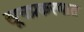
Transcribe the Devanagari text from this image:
खूनप्रकरणात